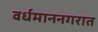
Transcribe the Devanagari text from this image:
वर्धमाननगरात